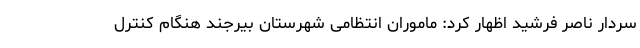
سردار ناصر فرشید اظهار کرد: ماموران انتظامی شهرستان بیرجند هنگام کنترل